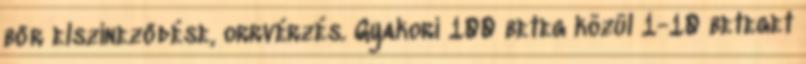
bőr elszíneződése, orrvérzés. Gyakori 100 beteg közül 1-10 beteget